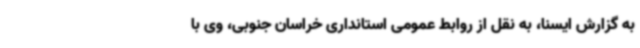
به گزارش ایسنا، به نقل از روابط عمومی استانداری خراسان جنوبی، وی با